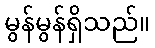
မွန်မွန်ရှိသည်။